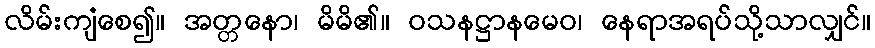
လိမ်းကျံစေ၍။ အတ္တနော၊ မိမိ၏။ ဝသနဋ္ဌာနမေဝ၊ နေရာအရပ်သို့သာလျှင်။